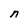
Character: n